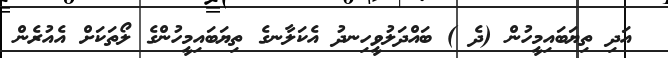
އަދި ތިޔަބައިމީހުން (ދެ ) ބައްދަލުވީހިނދު އެކަލާނގެ ތިޔަބައިމީހުންގެ ލޯތަކަށް އެއުރެން